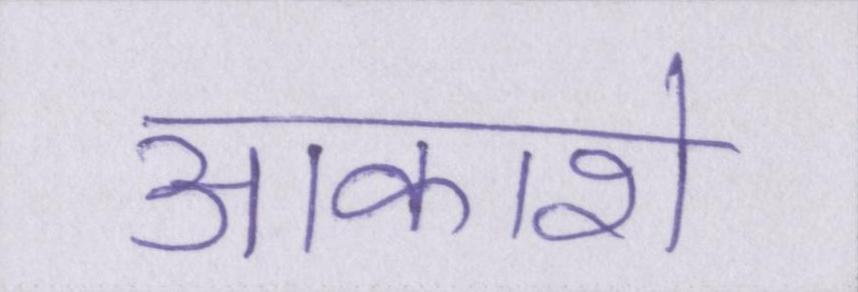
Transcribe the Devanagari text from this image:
आकाशे